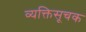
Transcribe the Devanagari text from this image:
व्यक्तिसूचक